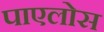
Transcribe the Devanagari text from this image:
पाएलोस